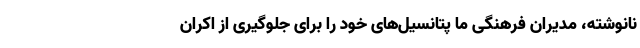
نانوشته، مدیران فرهنگی ما پتانسیل‌های خود را برای جلوگیری از اکران